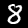
Digit: 8